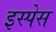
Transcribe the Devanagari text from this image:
इस्पेस